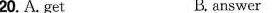
20.A. get B. answer